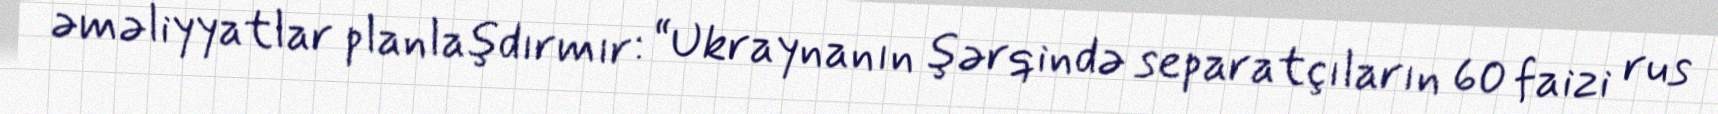
əməliyyatlar planlaşdırmır: “Ukraynanın şərqində separatçıların 60 faizi rus